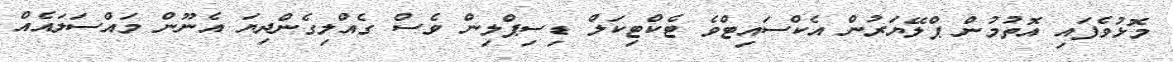
މޮޅުވެފައި އޮތުމުން ޕްލޭޔަރުން އެކްސައިޓްވެ ޓެކްޓިކަލް ޑިސިޕްލިން ވެސް ގެއްލިގެންދިޔަ އެނޫން މައްސަލައެއް